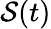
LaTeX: \mathcal{S}(t)